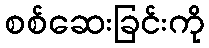
စစ်ဆေးခြင်းကို